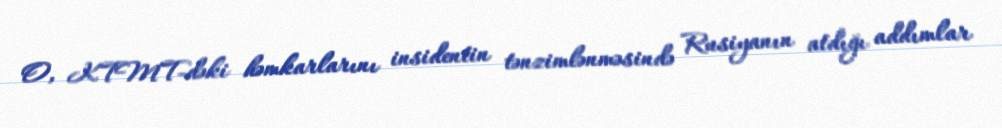
O, KTMT-dəki həmkarlarını insidentin tənzimlənməsində Rusiyanın atdığı addımlar